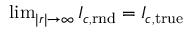
\begin{array} { r } { \operatorname* { l i m } _ { | r | \to \infty } I _ { c , \mathrm { r n d } } = I _ { c , \mathrm { t r u e } } } \end{array}